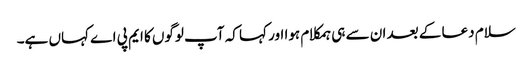
سلام دعا کے بعد ان سے ہی ہمکلام ہوا اور کہا کہ آپ لوگوں کا ایم پی اے کہاں ہے۔